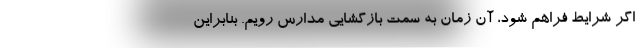
اگر شرایط فراهم شود، آن زمان به سمت بازگشایی مدارس رویم. بنابراین